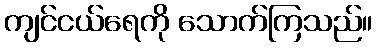
ကျင်ငယ်ရေကို သောက်ကြသည်။